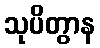
သုပိတွာန